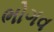
ભોગવ